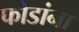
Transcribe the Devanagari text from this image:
फोडांना